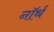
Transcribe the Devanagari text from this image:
नाॅर्थ